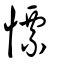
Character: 慓